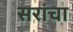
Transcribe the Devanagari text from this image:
सरांचा